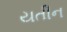
યતીન